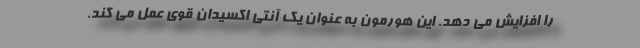
را افزایش می دهد. این هورمون به عنوان یک آنتی اکسیدان قوی عمل می کند.